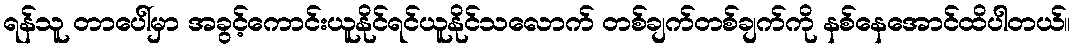
ရန်သူ တာပေါ်မှာ အခွင့်ကောင်းယူနိုင်ရင်ယူနိုင်သလောက် တစ်ချက်တစ်ချက်ကို နစ်နေအောင်ထိပါတယ်။